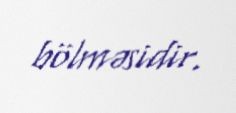
bölməsidir.